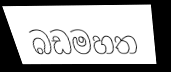
බඩමහත